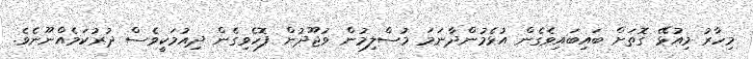
މިހާރު މިއުޅޭ ގޮތަށް ބައިބައިވެެގެން އުޅެމުންދާނަމަ މުސްލިމުން ވުޖޫދުން ފޮހެވިގެން ދިއުމަކީވެސް ދުރުކަމެއްނޫނެވެ.